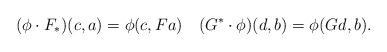
LaTeX: \begin{align*} (\phi\cdot F_*)(c,a)=\phi(c,Fa)\quad(G^*\cdot\phi)(d,b)=\phi(Gd,b).\end{align*}